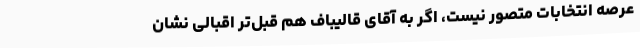
عرصه انتخابات متصور نیست، اگر به آقای قالیباف هم قبل‌تر اقبالی نشان